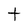
Character: t